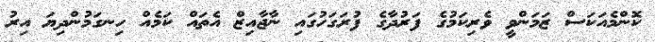
ކޮންމެއަކަސް ޒަމަންވީ ވެރިކަމުގެ ފަރުދާގެ ފުރަގަހުގައި ނާޖާއިޒް އެތައް ކަމެއް ހިނގަމުންދިޔަ އިރު